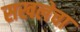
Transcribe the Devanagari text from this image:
सखलेचा